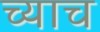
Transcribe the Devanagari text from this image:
च्याच